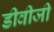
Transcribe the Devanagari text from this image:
डीवीजी